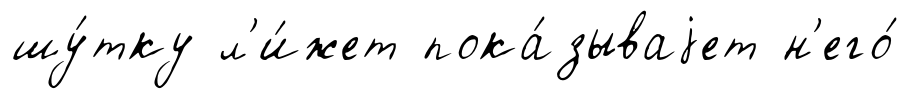
шу́тку л'и́жет пока́зываjет н'его́